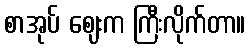
စာအုပ် ဈေးက ကြီးလိုက်တာ။